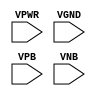
module sky130_fd_sc_hdll__tapvpwrvgnd (
    VPWR,
    VGND,
    VPB ,
    VNB
);

    // Module ports
    input VPWR;
    input VGND;
    input VPB ;
    input VNB ;
     // No contents.
endmodule